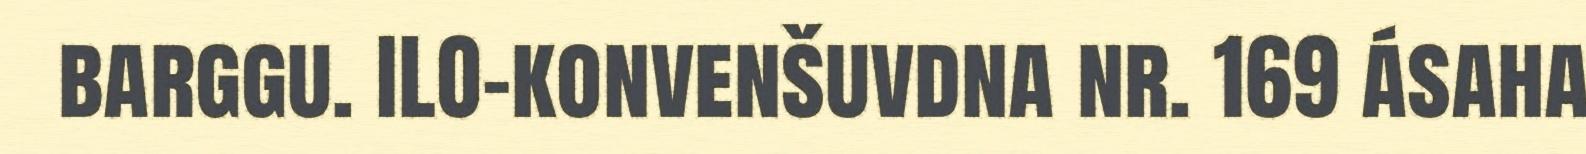
barggu. ILO-konvenšuvdna nr. 169 ásaha